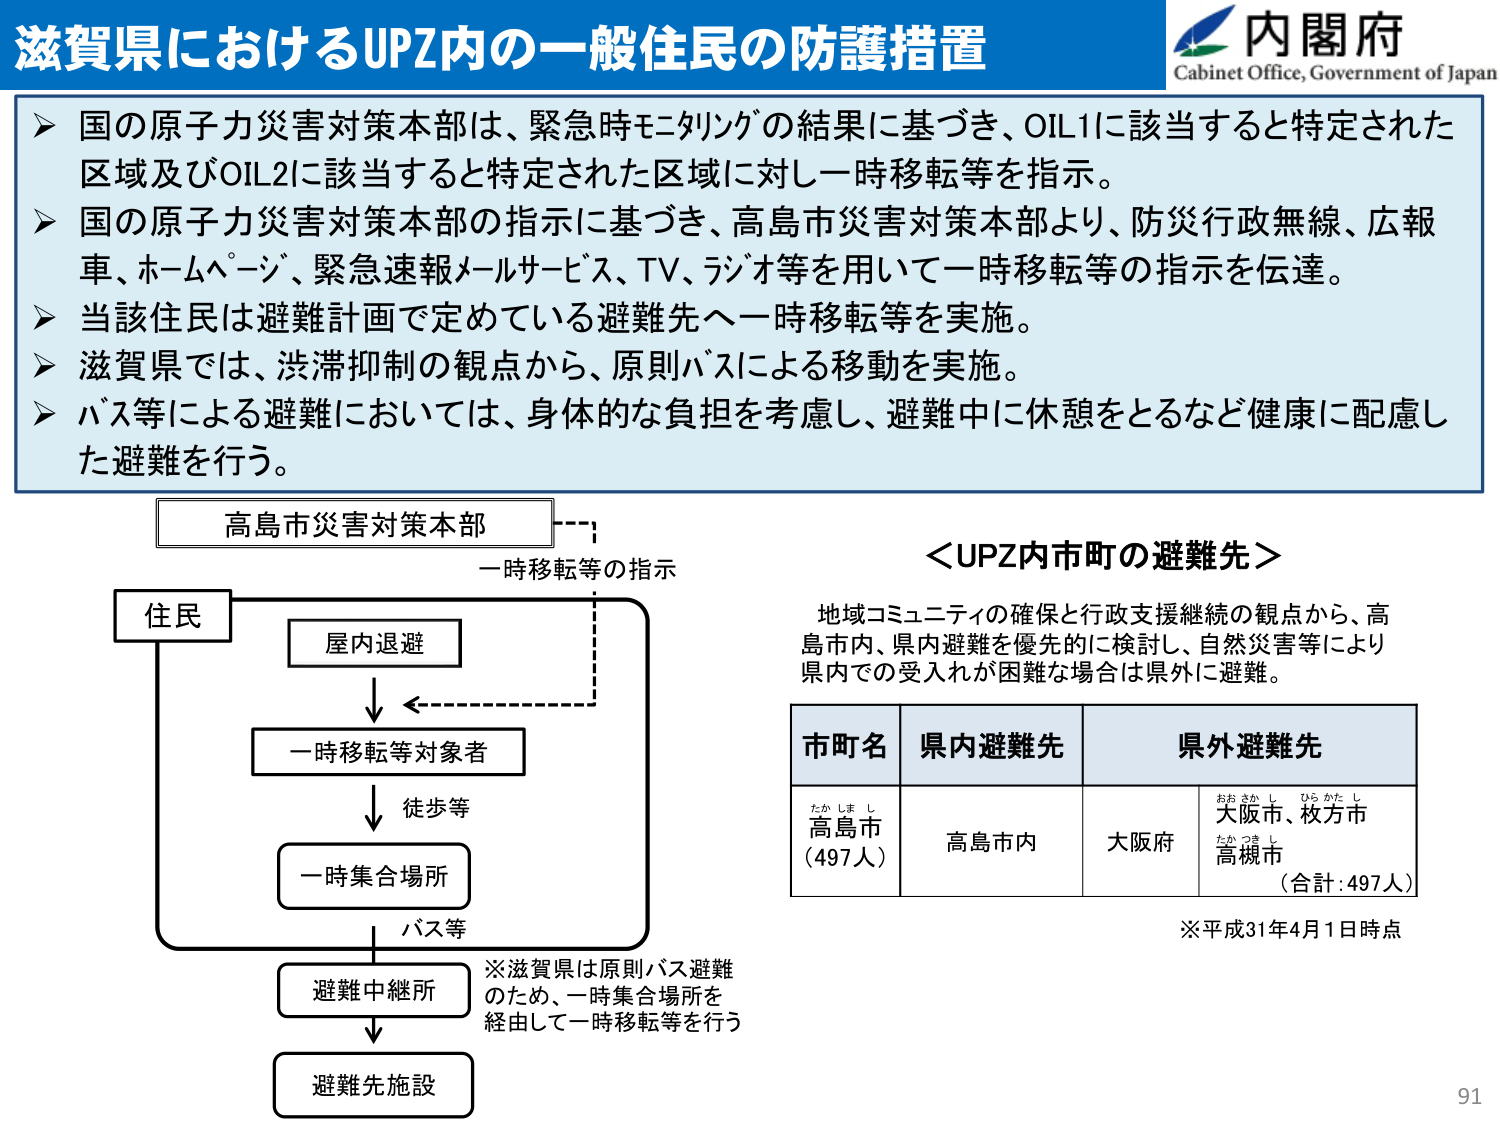
滋賀県におけるUPZ内の一一般住民の防護措置
内閣府
Cabinet Office, Government of Japan

▶ 国の原子力災害対策本部は、緊急時モニタリングの結果に基づき、OIL1に該当すると特定された区域及びOIL2に該当すると特定された区域に対し一時移転等を指示。
▶ 国の原子力災害対策本部の指示に基づき、高島市災害対策本部より、防災行政無線、広報車、ホームページ、緊急速報メールサービス、TV、ラジオ等を用いて一時移転等の指示を伝達。
▶ 当該住民は避難計画で定めている避難先へ一時移転等を実施。
▶ 滋賀県では、渋滞抑制の観点から、原則バスによる移動を実施。
▶ バス等による避難においては、身体的な負担を考慮し、避難中に休憩をとるなど健康に配慮した避難を行う。

高島市災害対策本部
一時移転等の指示
住民
屋内退避
一時移転等対象者
徒歩等
一時集合場所
バス等
避難中継所
避難先施設

※滋賀県は原則バス避難のため、一時集合場所を経由して一時移転等を行う

＜UPZ内市町の避難先＞
地域コミュニティの確保と行政支援継続の観点から、高島市内、県内避難を優先的に検討し、自然災害等により県内での受入れが困難な場合は県外に避難。

市町名　県内避難先　県外避難先
たかしまし
高島市
（497人）
高島市内
大阪府
おおさかし　うらかたし
大阪市、枚方市
たかつきし
高槻市
（合計：497人）

※平成31年4月1日時点

91